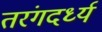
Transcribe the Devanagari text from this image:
तरंगदर्ध्य